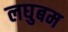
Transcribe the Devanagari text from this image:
लघुबम